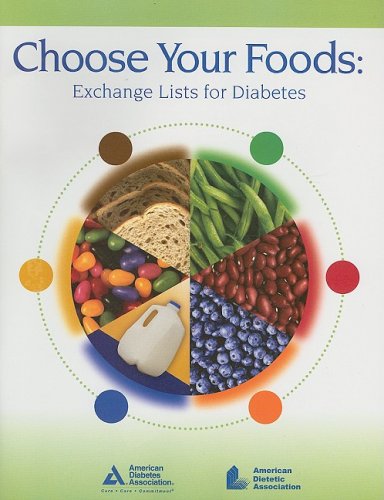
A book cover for Choose Your Foods: Exchange Lists for Diabetes; Health, Fitness & Dieting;